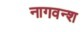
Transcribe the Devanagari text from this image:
नागवन्श